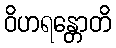
ဝိဟရန္တောတိ